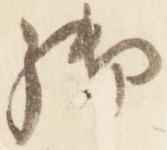
御